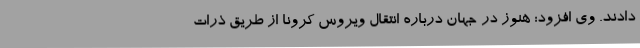
دادند. وی افزود: هنوز در جهان درباره انتقال ویروس کرونا از طریق ذرات